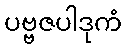
ပဗ္ဗဇပါဒုကံ